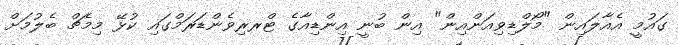
ގައުމީ އެއާލައިން "މޯލްޑިވިއަންއިން" އިން ބުނީ އިންޑިއާގެ ޓްރރިވެންޑަރަމްގައި ކުޅޭ މިމެޗް ބެލުމަށް